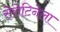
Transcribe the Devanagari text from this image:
सेरोटिनेला